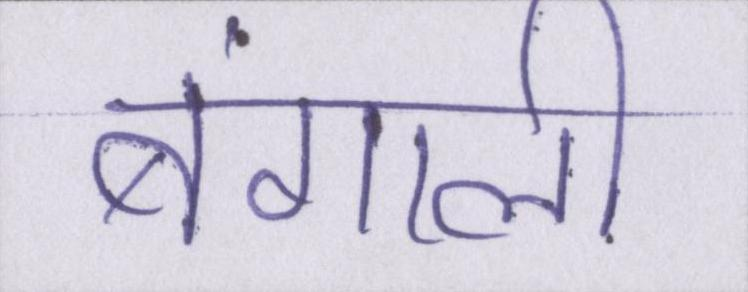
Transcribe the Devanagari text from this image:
बंगाली